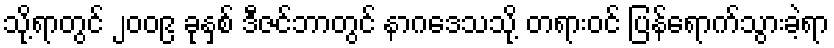
သို့ရာတွင် ၂၀၀၉ ခုနှစ် ဒီဇင်ဘာတွင် နာဂဒေသသို့ တရားဝင် ပြန်ရောက်သွားခဲ့ရာ